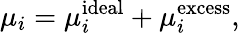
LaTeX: \mu_{i}=\mu_{i}^{\mathrm{ideal}}+\mu_{i}^{\mathrm{excess}},